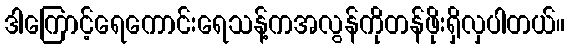
ဒါကြောင့်ရေကောင်းရေသန့်ကအလွန်ကိုတန်ဖိုးရှိလှပါတယ်။